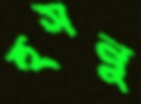
হুসনু